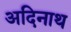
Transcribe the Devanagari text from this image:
अदिनाथ